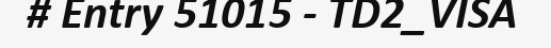
# Entry 51015 - TD2_VISA